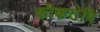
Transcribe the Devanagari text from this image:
कीकटेपि